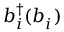
b _ { i } ^ { \dag } ( b _ { i } ^ { \phantom { \dag } } )